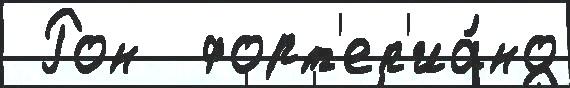
 Рон  форт'еп'иа́но